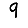
Digit: 9